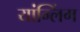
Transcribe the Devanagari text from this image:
यांग्लिंग